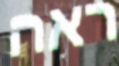
ראה